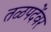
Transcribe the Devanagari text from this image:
तळपदेंवर